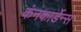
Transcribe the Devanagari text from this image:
कंनकार्डेन्स